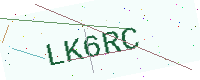
Text: LK6RC